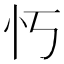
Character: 𫹫